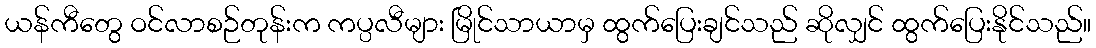
ယန်ကီတွေ ဝင်လာစဉ်တုန်းက ကပ္ပလီများ မြိုင်သာယာမှ ထွက်ပြေးချင်သည် ဆိုလျှင် ထွက်ပြေးနိုင်သည်။